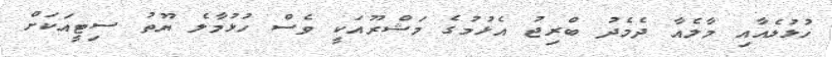
ހުޅުލެއާއި މާލެއާ ދެމެދު ބްރިޖު އެޅުމުގެ މަޝްރޫއަކީ ވެސް ހުޅުމާލެ ޔޫތު ސިޓީއަކަށް